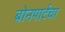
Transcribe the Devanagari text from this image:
बोनपार्टचा